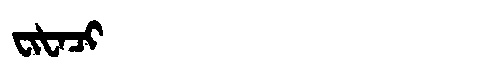
Manchu: ᠸᡳᡶᠠᠴᡳ
Romanization: FIFACI